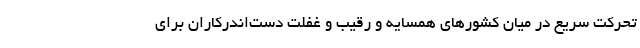
تحرکت سریع در میان کشورهای همسایه و رقیب و غفلت دست‌اندرکاران برای